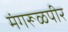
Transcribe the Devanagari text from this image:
मंगरूळपीर